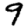
Digit: 9